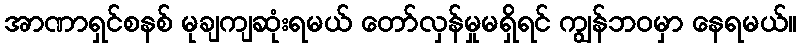
အာဏာရှင်စနစ် မုချကျဆုံးရမယ် တော်လှန်မှုမရှိရင် ကျွန်ဘ၀မှာ နေရမယ်။